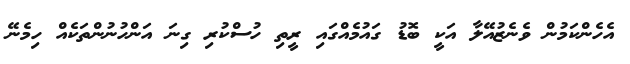
އެހެންކަމުން ވެނެޒުއޭލާ އަކީ ބޮޑު ގައުމެއްގައި ރީތި ހުސްކުރި ގިނަ އަންހުނުންތަކެއް ހިމެނޭ